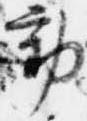
動